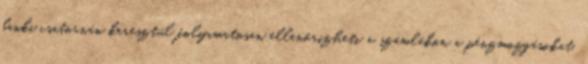
banki csatornán keresztül folyamatosan ellenőrizheti a számlákon a pénzmozgásokat,